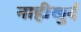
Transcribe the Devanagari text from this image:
नाहीखुर्द